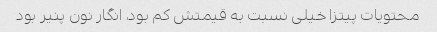
محتویات پیتزا خیلی نسبت به قیمتش کم بود، انگار نون پنیر بود